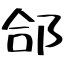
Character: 郃